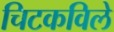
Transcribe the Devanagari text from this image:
चिटकविले